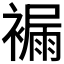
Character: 𧜾